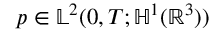
p \in \mathbb { L } ^ { 2 } ( 0 , T ; \mathbb { H } ^ { 1 } ( \mathbb { R } ^ { 3 } ) )